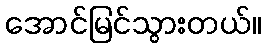
အောင်မြင်သွားတယ်။